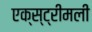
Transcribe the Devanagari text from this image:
एक्स्ट्रीमली